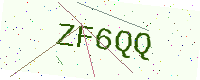
Text: ZF6QQ